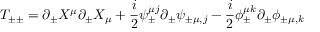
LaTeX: T _ { \pm \pm } = \partial _ { \pm } X ^ { \mu } \partial _ { \pm } X _ { \mu } + \frac { i } { 2 } \psi _ { \pm } ^ { \mu j } \partial _ { \pm } \psi _ { \pm \mu , j } - \frac { i } { 2 } \phi _ { \pm } ^ { \mu k } \partial _ { \pm } \phi _ { \pm \mu , k }